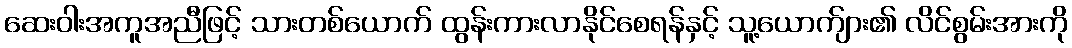
ဆေးဝါးအကူအညီဖြင့် သားတစ်ယောက် ထွန်းကားလာနိုင်စေရန်နှင့် သူ့ယောက်ျား၏ လိင်စွမ်းအားကို